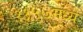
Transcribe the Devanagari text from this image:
११५७मध्ये